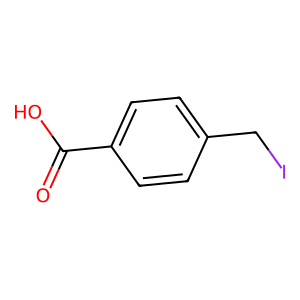
SMILES: O=C(O)c1ccc(CI)cc1
Inhibits HIV replication: No